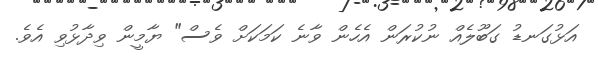
އަޅުގަނޑު ގަބޫލެއް ނުކުރަން އެހެން ވާނެ ކަމަކަށް ވެސް" ޔާމީން ވިދާޅުވި އެވެ.